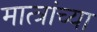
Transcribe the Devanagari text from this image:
मात्त्रांच्या